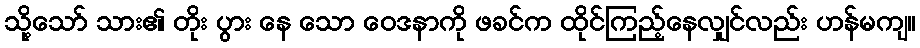
သို့သော် သား၏ တိုး ပွား နေ သော ဝေဒနာကို ဖခင်က ထိုင်ကြည့်နေလျှင်လည်း ဟန်မကျ။